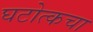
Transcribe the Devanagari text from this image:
घटोत्कचा